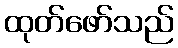
ထုတ်ဖော်သည်